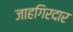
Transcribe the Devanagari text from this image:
जाहगिरदार